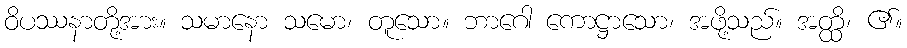
ဝိပဿနာတို့အား။ သမာနော သမော၊ တူသော။ ဘာဂေါ ကောဋ္ဌာသော၊ အဖို့သည်။ အတ္ထိ၊ ၏။